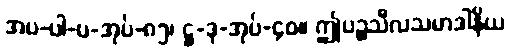
အပ-ပါ-ပ-အုပ်-၈၅၊ ဋ္ဌ-ဒု-အုပ်-၄၀။ ဤပဉ္စသီလသမာဒါနိယ